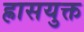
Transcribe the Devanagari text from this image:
ह्रासयुक्त